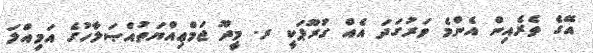
އޭގެ ތެރެއިން އެންމެ ވަރުގަދަ އެއް ގުރޫޕަކީ ރ. މީދޫ ޖަމްޢިއްޔަތުއްޞަލާހުގެ އަމިއްލަ